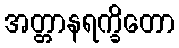
အတ္တာနရက္ခိတော